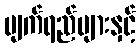
မျက်ရည်များနှင့်